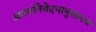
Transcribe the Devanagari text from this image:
आत्मनिवेदनानुसारच